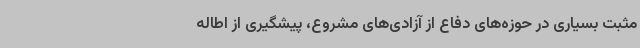
مثبت بسیاری در حوزه‌های دفاع از آزادی‌های مشروع، پیشگیری از اطاله